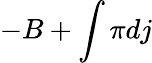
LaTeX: -B+\int\pi dj